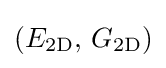
(E_{\mathrm {2D} },\,G_{\mathrm {2D} })